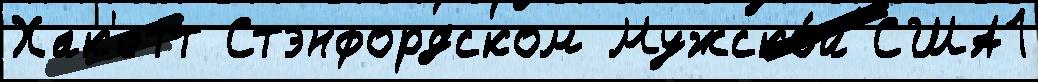
Хак'етт Стэнфордском Мужско́й США1